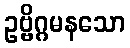
ဥဗ္ဗိဂ္ဂမနသော